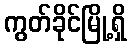
ကွတ်ခိုင်မြို့ရှိ